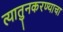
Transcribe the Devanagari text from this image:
त्यातुनकरण्याचा